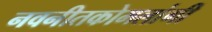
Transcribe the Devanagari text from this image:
नवनीतकोमलांगी